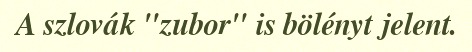
A szlovák "zubor" is bölényt jelent.